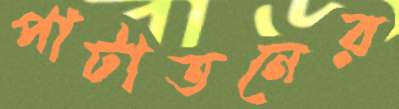
পাটাতনের